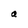
Character: a